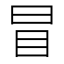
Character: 冒